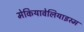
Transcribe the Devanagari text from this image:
मेकियावेलियाइस्म